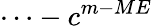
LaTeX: \cdots-c^{m-ME}